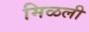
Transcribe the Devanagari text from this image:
मिळली